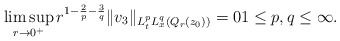
\begin{align*} \limsup_{r \to 0^+} r^{1-\frac{2}{p}-\frac{3}{q}} \|v_3\|_{L^p_tL^q_x(Q_r(z_0))} = 0 1 \leq p,q \leq \infty.\end{align*}